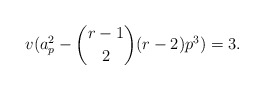
\begin{align*} v(a_p^2 - {r-1 \choose 2}(r-2)p^3) = 3.\end{align*}